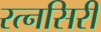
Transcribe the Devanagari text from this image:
रत्नसिरी